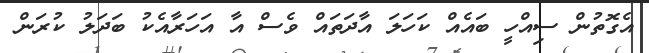
އެގޮތުން ސިއްހީ ބައެއް ކަހަލަ އާދަތައް ވެސް އާ އަހަރާއެކު ބަދަލު ކުރަން